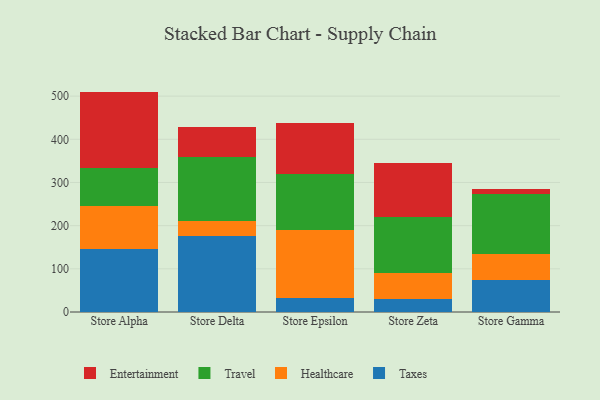
{"axis": {"x": "Store", "y": "Headcount"}, "legend": ["Entertainment", "Healthcare", "Taxes", "Travel"], "data": [{"x": "Store Alpha", "y": 145.4, "type": "Taxes"}, {"x": "Store Alpha", "y": 99.3, "type": "Healthcare"}, {"x": "Store Alpha", "y": 88.8, "type": "Travel"}, {"x": "Store Alpha", "y": 177.0, "type": "Entertainment"}, {"x": "Store Delta", "y": 176.3, "type": "Taxes"}, {"x": "Store Delta", "y": 34.9, "type": "Healthcare"}, {"x": "Store Delta", "y": 147.4, "type": "Travel"}, {"x": "Store Delta", "y": 70.1, "type": "Entertainment"}, {"x": "Store Epsilon", "y": 32.3, "type": "Taxes"}, {"x": "Store Epsilon", "y": 158.7, "type": "Healthcare"}, {"x": "Store Epsilon", "y": 127.8, "type": "Travel"}, {"x": "Store Epsilon", "y": 118.7, "type": "Entertainment"}, {"x": "Store Zeta", "y": 29.9, "type": "Taxes"}, {"x": "Store Zeta", "y": 59.4, "type": "Healthcare"}, {"x": "Store Zeta", "y": 130.5, "type": "Travel"}, {"x": "Store Zeta", "y": 125.2, "type": "Entertainment"}, {"x": "Store Gamma", "y": 73.7, "type": "Taxes"}, {"x": "Store Gamma", "y": 59.8, "type": "Healthcare"}, {"x": "Store Gamma", "y": 140.8, "type": "Travel"}, {"x": "Store Gamma", "y": 10.9, "type": "Entertainment"}]}